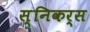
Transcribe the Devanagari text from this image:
स्निकर्स